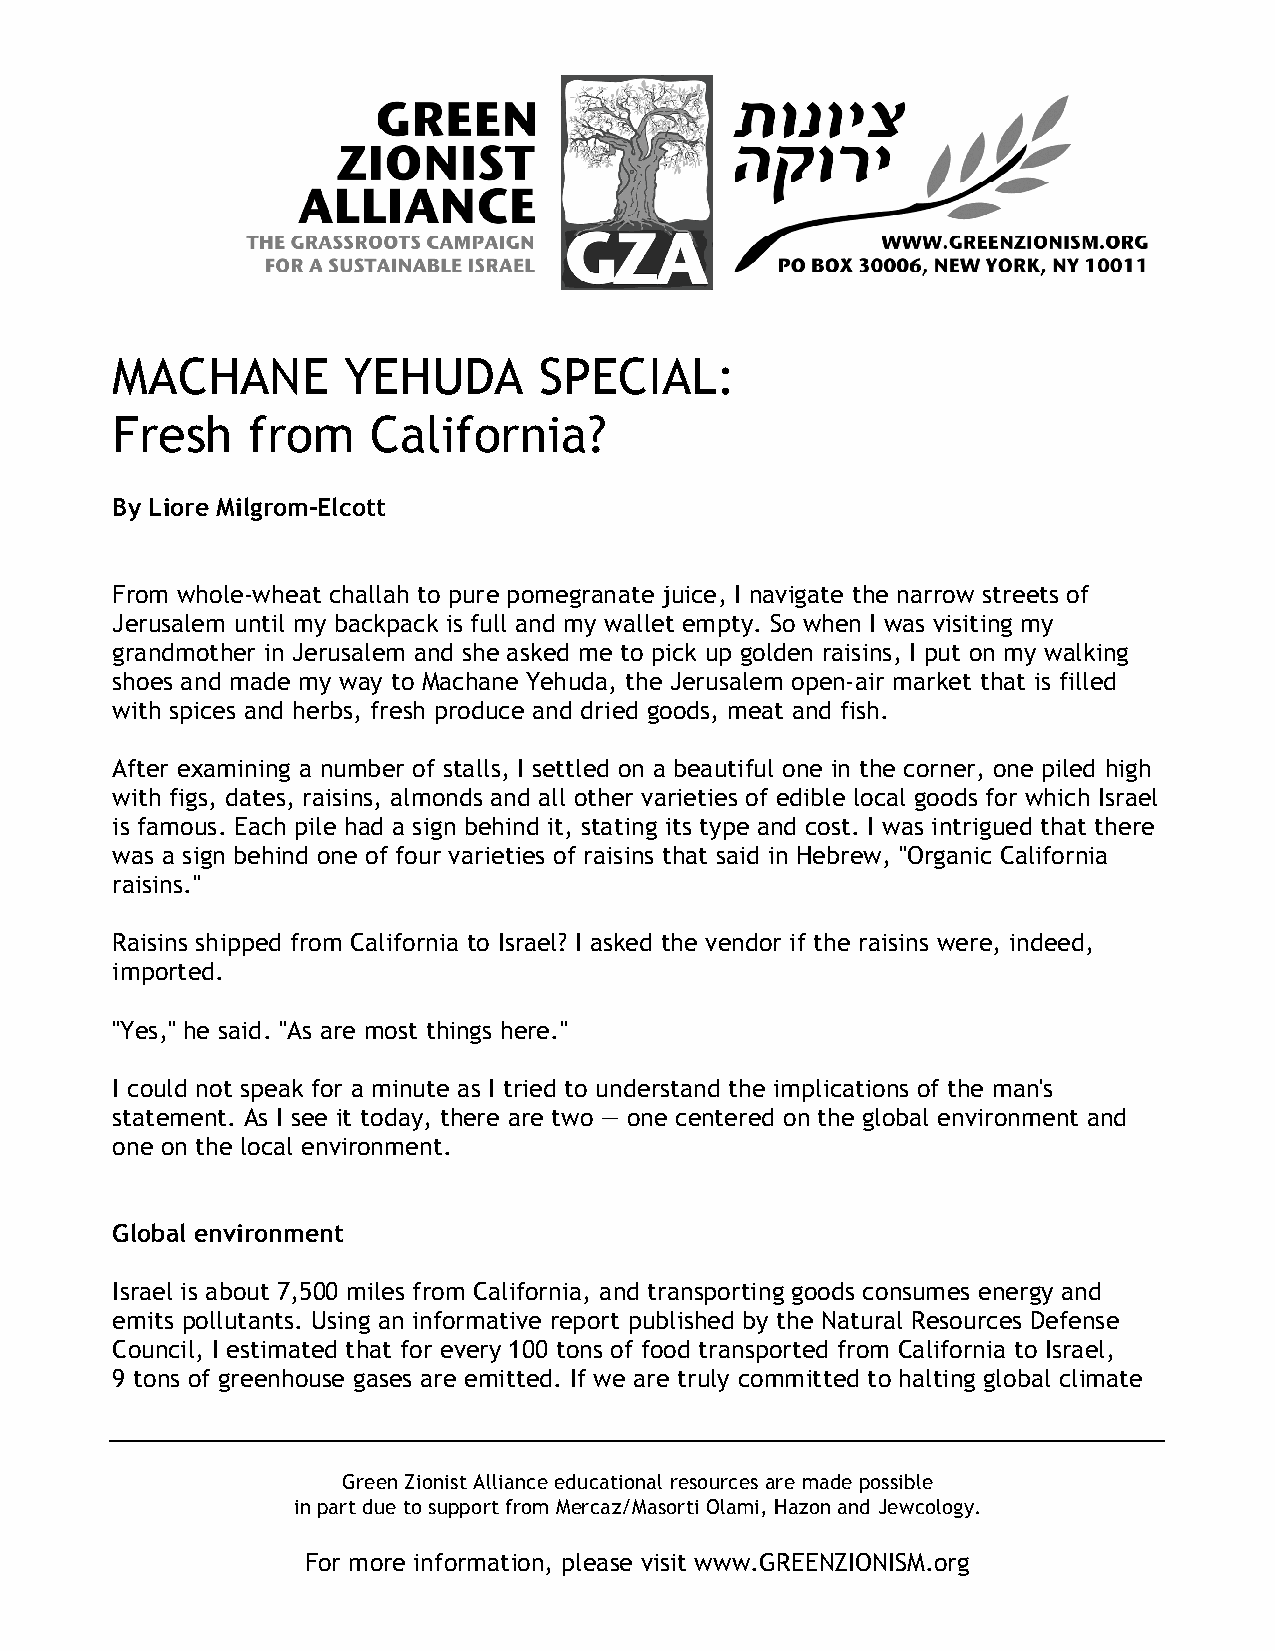
MACHANE         YEHUDA       SPECIAL:
 Fresh    from    California?
 By Liore Milgrom-Elcott
 From whole-wheat challah to pure pomegranate juice, I navigate the narrow streets of
 Jerusalem until my backpack is full and my wallet empty. So when I was visiting my
 grandmother in Jerusalem and she asked me to pick up golden raisins, I put on my walking
 shoes and made my way to Machane Yehuda, the Jerusalem open-air market that is filled
 with spices and herbs, fresh produce and dried goods, meat and fish.
 After examining a number of stalls, I settled on a beautiful one in the corner, one piled high
 with figs, dates, raisins, almonds and all other varieties of edible local goods for which Israel
 is famous. Each pile had a sign behind it, stating its type and cost. I was intrigued that there
 was a sign behind one of four varieties of raisins that said in Hebrew, "Organic California
 raisins."
 Raisins shipped from California to Israel? I asked the vendor if the raisins were, indeed,
 imported.
 "Yes," he said. "As are most things here."
 I could not speak for a minute as I tried to understand the implications of the man's
 statement. As I see it today, there are two — one centered on the global environment and
 one on the local environment.
 Global environment
 Israel is about 7,500 miles from California, and transporting goods consumes energy and
 emits pollutants. Using an informative report published by the Natural Resources Defense
 Council, I estimated that for every 100 tons of food transported from California to Israel,
 9 tons of greenhouse gases are emitted. If we are truly committed to halting global climate
 Green Zionist Alliance educational resources are made possible
 in part due to support from Mercaz/Masorti Olami, Hazon and Jewcology.
 For more information, please visit www.GREENZIONISM.org